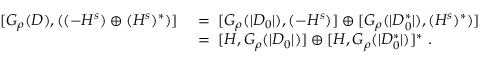
\begin{array} { r l } { [ G _ { \rho } ( D ) , ( ( - H ^ { s } ) \oplus ( H ^ { s } ) ^ { * } ) ] } & { \; = \; [ G _ { \rho } ( | D _ { 0 } | ) , ( - H ^ { s } ) ] \oplus [ G _ { \rho } ( | D _ { 0 } ^ { * } | ) , ( H ^ { s } ) ^ { * } ) ] } \\ & { \; = \; [ H , G _ { \rho } ( | D _ { 0 } | ) ] \oplus [ H , G _ { \rho } ( | D _ { 0 } ^ { * } | ) ] ^ { * } \; . } \end{array}